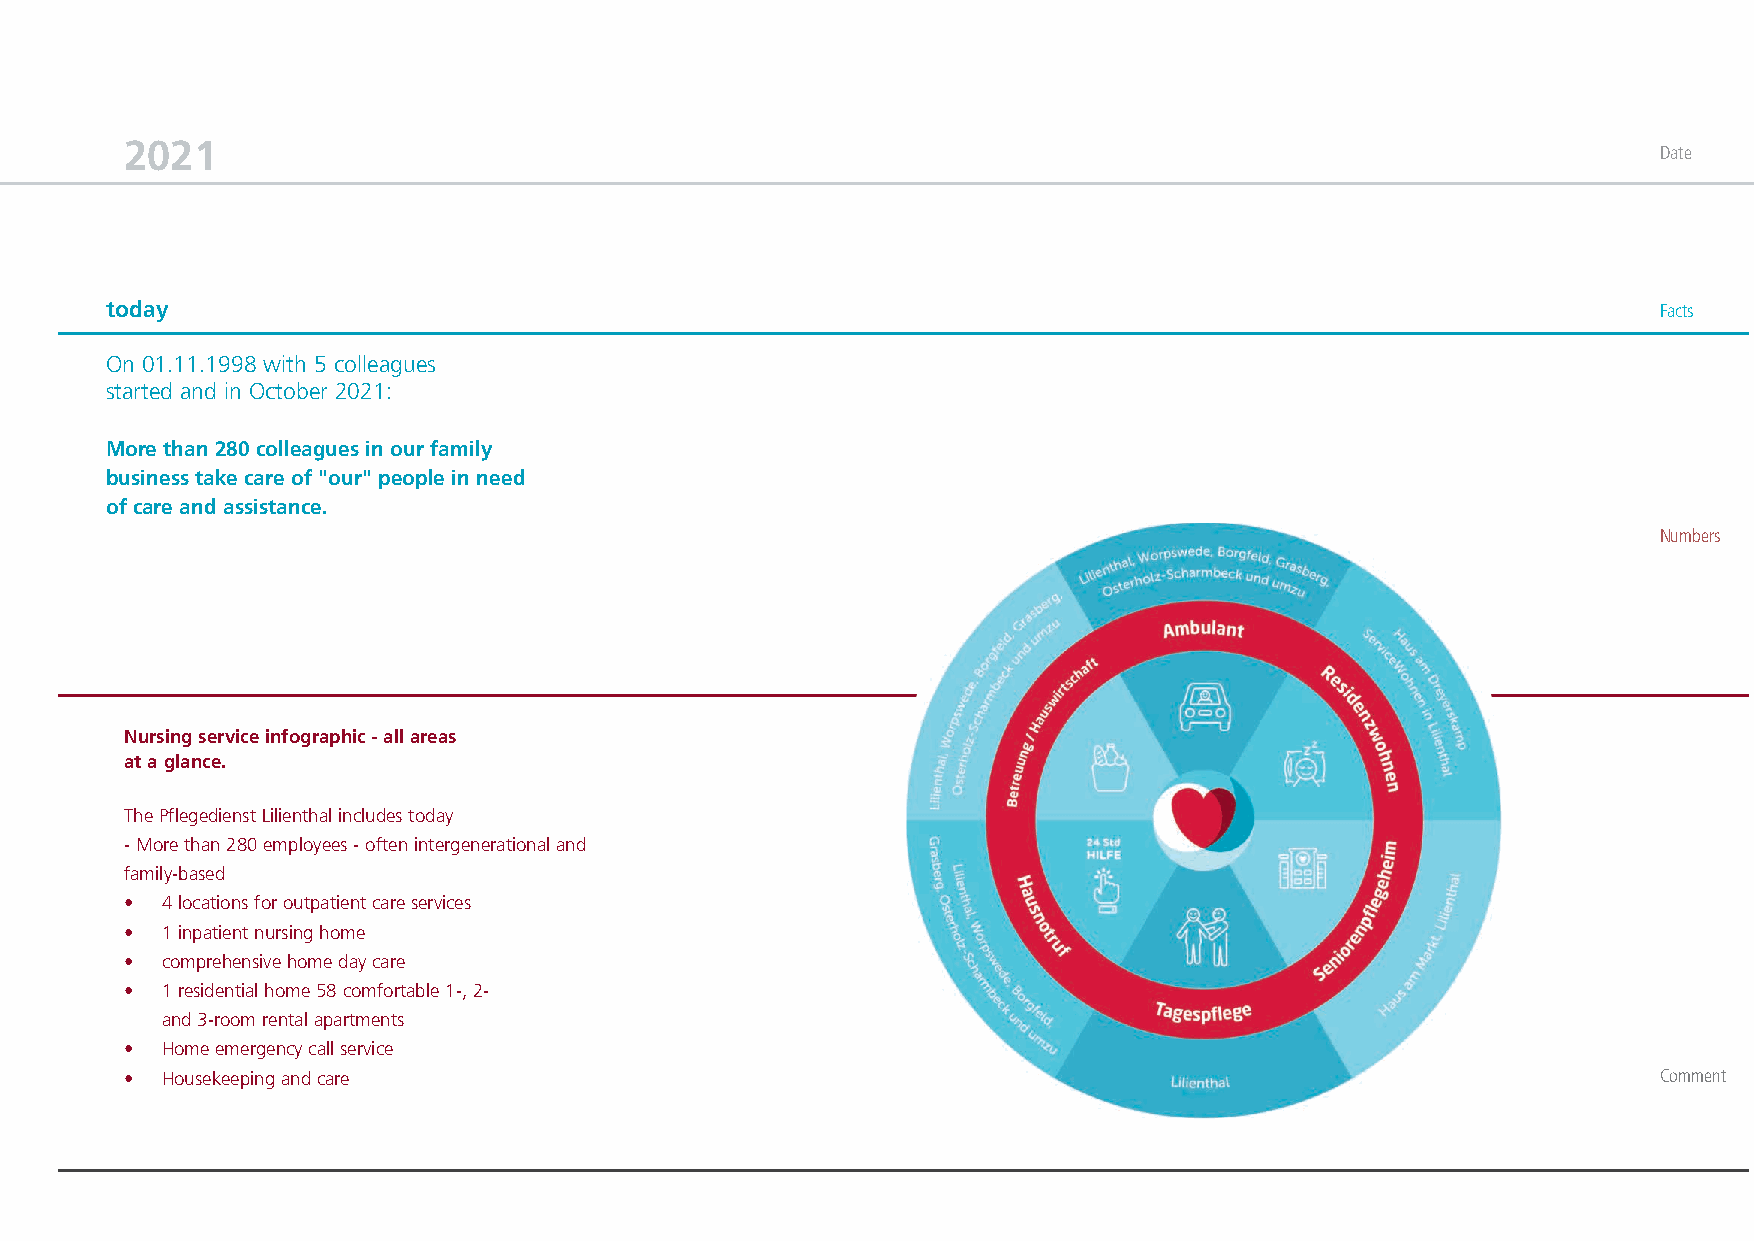
2021
 Date
 today                                                                                                  Facts
 On 01.11.1998 with 5 colleagues
 started and in October 2021:
 More than 280 colleagues in our family
 business take care of "our" people in need
 of care and assistance.
 Numbers
 Nursing service infographic - all areas
 at a glance.
 The Pflegedienst Lilienthal includes today
 - More than 280 employees - often intergenerational and
 family-based
 •  4 locations for outpatient care services
 •  1 inpatient nursing home
 •  comprehensive home day care
 •  1 residential home 58 comfortable 1-, 2-
 and 3-room rental apartments
 •  Home emergency call service
 •  Housekeeping and care                                                                              Comment